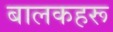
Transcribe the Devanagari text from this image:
बालकहरू